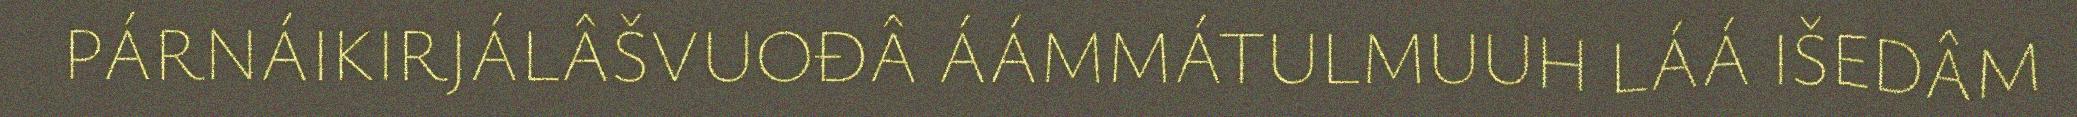
PÁRNÁIKIRJÁLÂŠVUOĐÂ ÁÁMMÁTULMUUH LÁÁ IŠEDÂM